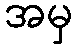
အမှ